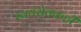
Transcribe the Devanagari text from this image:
स्वयंसेवकही